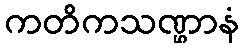
ကတိကသဏ္ဌာနံ